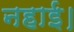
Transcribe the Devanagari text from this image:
नहाई।